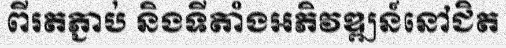
ពីរតភ្ជាប់ និងទីតាំងអភិវឌ្ឍន៍នៅជិត